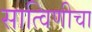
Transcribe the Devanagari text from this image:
सात्विणीचा